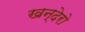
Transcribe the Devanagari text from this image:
खन्देरो